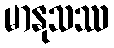
မာနုသဿ